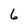
Character: 6